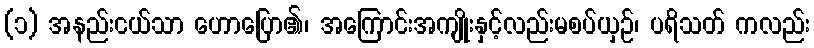
(၁) အနည်းငယ်သာ ဟောပြော၏၊ အကြောင်းအကျိုးနှင့်လည်းမစပ်ယှဉ်၊ ပရိသတ် ကလည်း